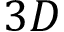
3 D